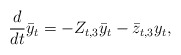
\begin{align*}\frac{d}{dt}\bar{y}_t = -Z_{t,3}\bar{y}_t - \bar{z}_{t,3}y_t,\end{align*}